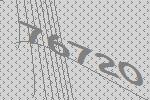
76720